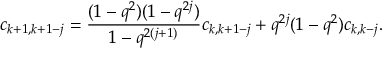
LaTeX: c _ { k + 1 , k + 1 - j } = \frac { ( 1 - q ^ { 2 } ) ( 1 - q ^ { 2 j } ) } { 1 - q ^ { 2 ( j + 1 ) } } c _ { k , k + 1 - j } + q ^ { 2 j } ( 1 - q ^ { 2 } ) c _ { k , k - j } .